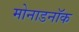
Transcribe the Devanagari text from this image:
मोनाडनॉक